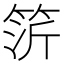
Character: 䇵